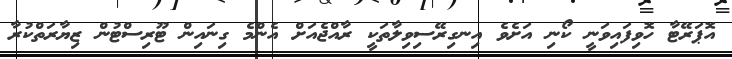
އޮޕަރޭޓާ ހޮވިފައިވަނީ ކޯނި އަށެވެ އިނގިރޭސިވިލާތަކީ ރާއްޖެއަށް އެންމެ ގިނައިން ޓޫރިސްޓުން ޒިޔާރަތްކުރާ